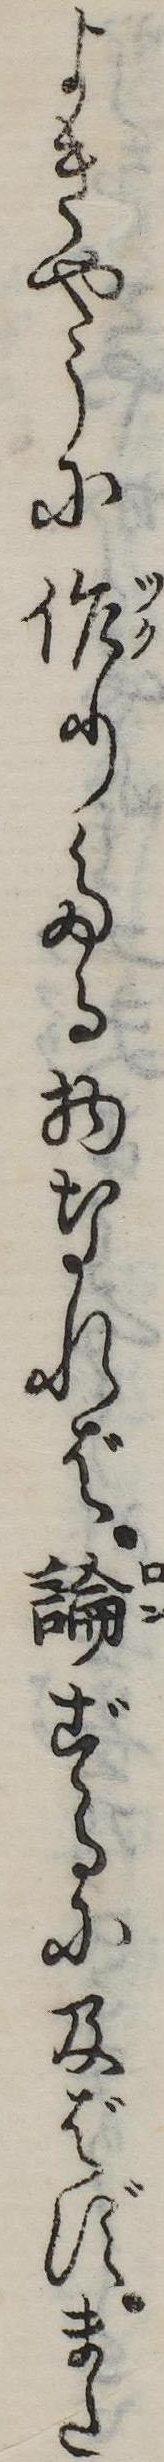
よきやうに作りたる物なれば論ずるに及ばずまた